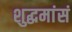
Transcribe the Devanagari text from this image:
शुद्धमांसं